Scottish Leaving Certificate Examination, 1955
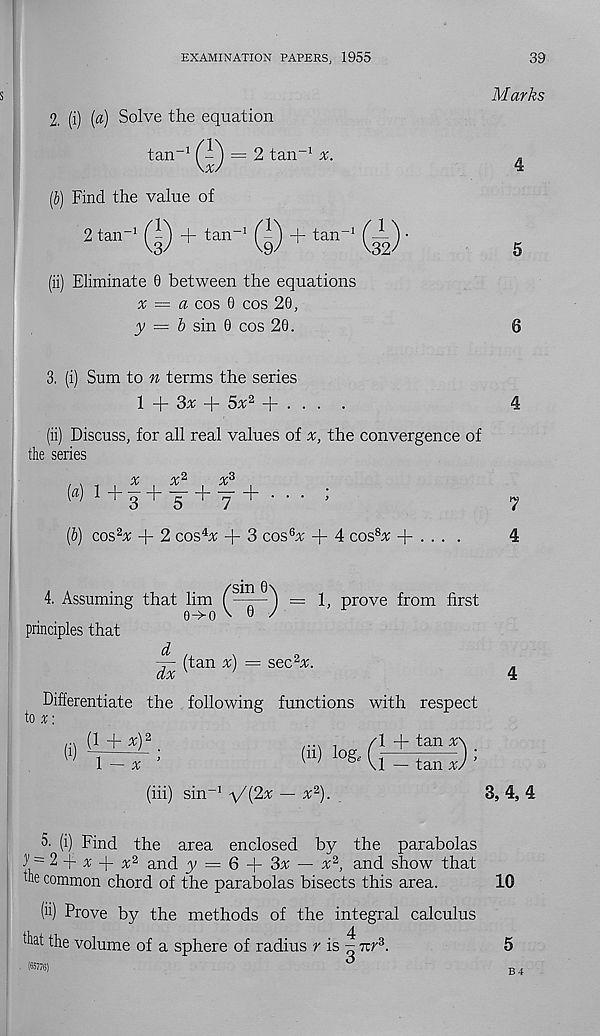
EXAMINATION PAPERS, 1955
39
2, (i) (a) Solve the equation
tan -1
= 2 tan -1 x.
(b) Find the value of
2 tan-Q +tan- (|) + tan- (A) ■
(ii) Eliminate 0 between the equations
x = a cos 0 cos 20,
y — b sin 0 cos 20.
Marks
4
5
6
3. (i) Sum to n terms the series
1 + 3* + 5% 2 + . . . .
4
(ii) Discuss, for all real values of x, the convergence of
the series
x*
[a) 1 + 3 + y + y + • • • ;
(5) cos 2^: + 2 cos% + 3 cos% + 4 cos 8 x + . . . .
7
4
4. Assuming that lim f—r—^ = 1, prove from first
O-T’-O N 0 /
principles that
d
dx
(tan x) = sec%.
Differentiate the following functions with respect
to x:
1 — X
(hi) sin" 1 -\/(2x — x 2 ).
3, 4,4
5. (i) Find the area enclosed by the parabolas
y ~
x y. x 2 and y = 6
3x — x 2 , and show that
the common chord of the parabolas bisects this area.
(ii) Prove by the methods of the integral calculus
that the volume of a sphere of radius r is ^ nr 3 .
(65176)
10
5